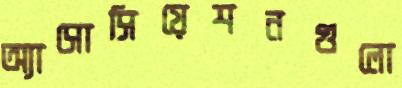
অ্যাসোসিয়েশনগুলো